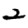
Digit: 2